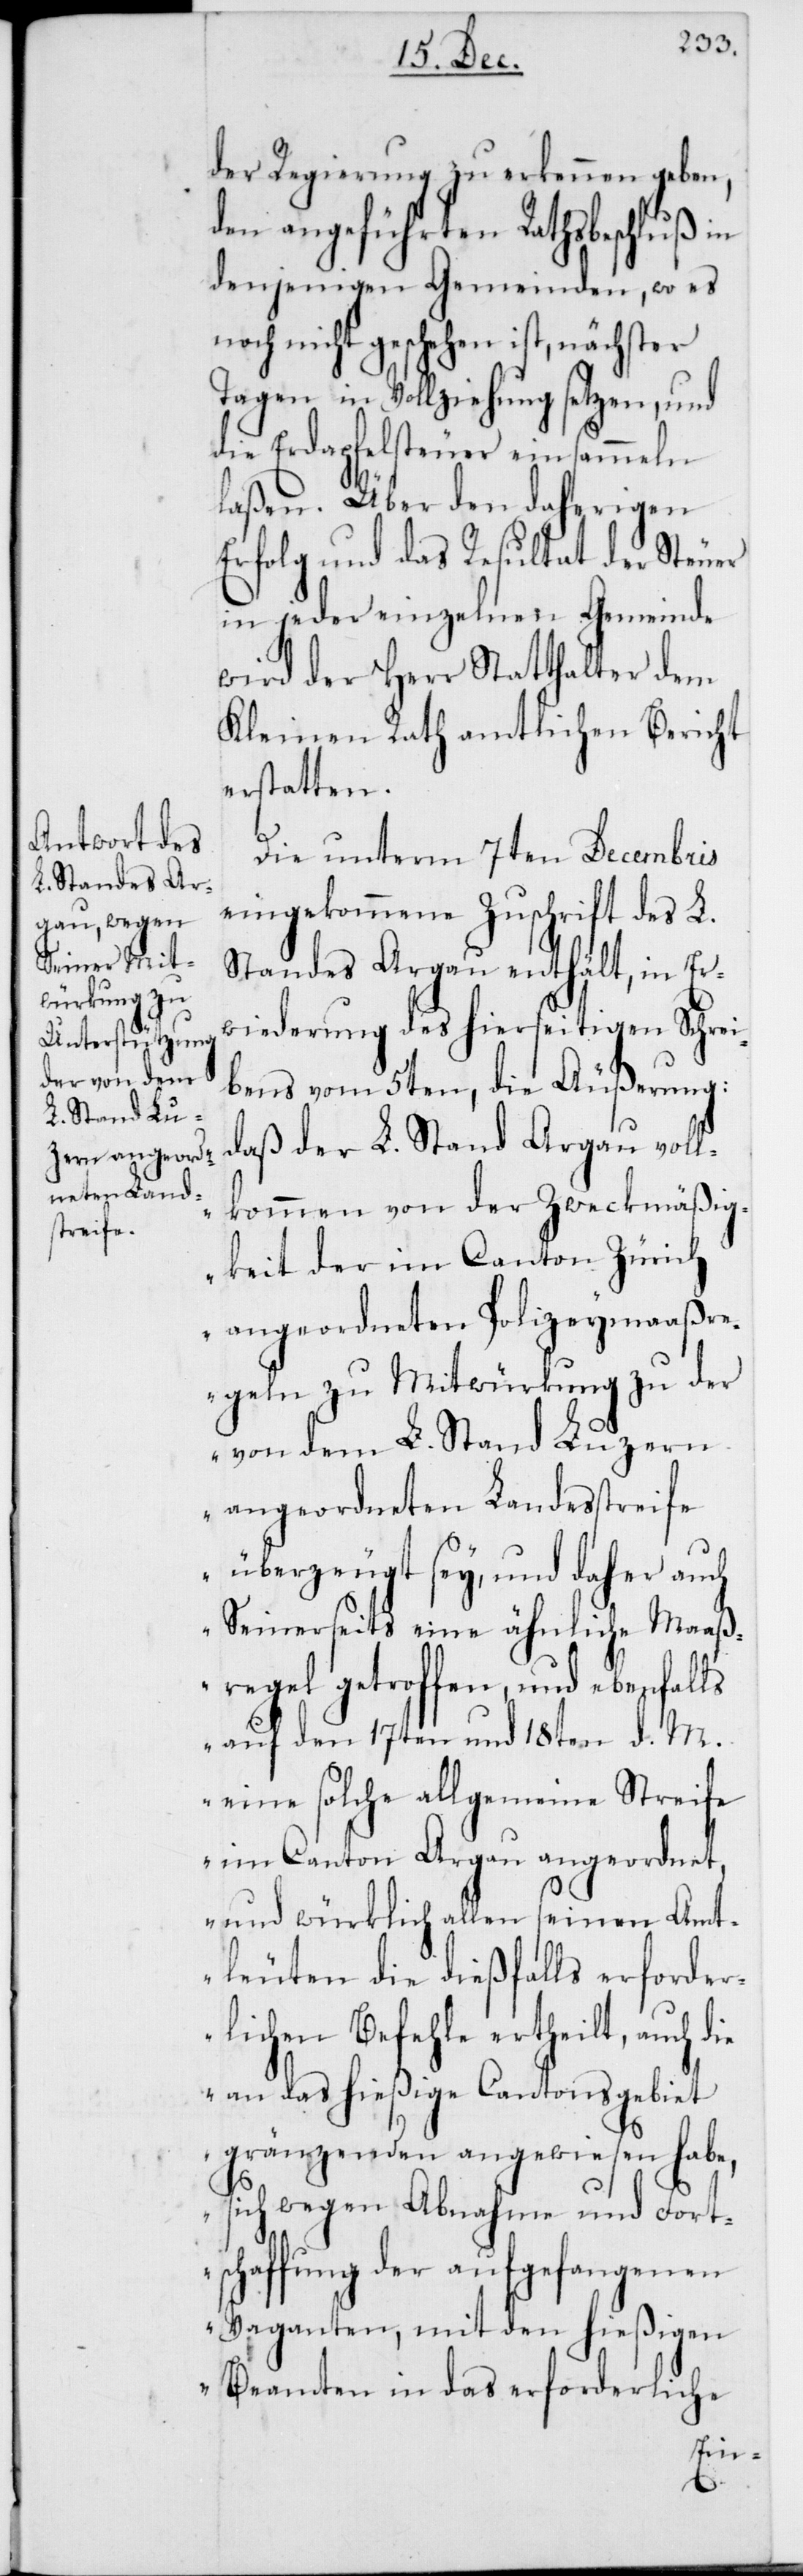
der Regierung zu erkennen geben,
den angeführten Rathsbeschluß in
denjenigen Gemeinden, wo es
noch nicht geschehen ist, nächster
Tagen in Vollziehung setzen, und
die Erdapfelsteuer einsammeln
Erfolg und das Resultat der Steuer
in jeder einzelnen Gemeinde
wird der Herr Statthalter dem
kleinen Rath amtlichen Bericht
erstatten.
Die unterm 7ten Decembris
eingekommene Zuschrift des L.
Standes Argau enthält, in Er¬
widerung des hierseitigen Schrei¬
bens vom 5ten, die Äußerung:
„daß der L. Stand Argau voll¬
kommen von der Zweckmäßig¬
keit der im Canton Zürich
angeordneten Polizeymaaßre¬
geln zu Mitwürkung zu der
von dem L. Stand Luzern
angeordneten Landesstreife
überzeugt sey, und daher auch
Seinerseits eine ähnliche Maaß¬
regel getroffen, und ebenfalls
auf den 17ten und 18ten d. M.
eine solche allgemeine Streife
im Canton Argau angeordnet,
und würklich allen seinen Amt¬
leuten die dießfalls erforder¬
lichen Befehle ertheilt, auch
an das hießige Cantonsgebiet
gränzenden angewiesen habe,
sich wegen Abnahme und Fort¬
schaffung der aufgefangenen
Vaganten, mit den hießigen
Beamten in das erforderliche